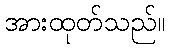
အားထုတ်သည်။